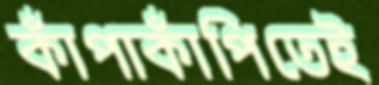
কাঁপাকাঁপিতেই